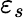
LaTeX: \varepsilon_{s}